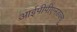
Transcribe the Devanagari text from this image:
आईपीपीएनडब्ल्यू